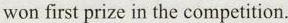
won first prize in the competition.